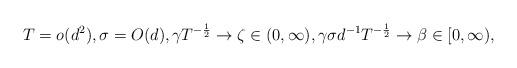
LaTeX: \begin{align*} T=o(d^2), \sigma=O(d), \gamma T^{-\frac{1}{2}}\to \zeta\in(0,\infty), \gamma \sigma d^{-1}T^{-\frac{1}{2}}\to\beta\in[0,\infty), \end{align*}